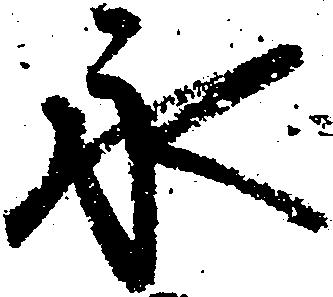
永